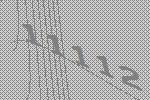
11112